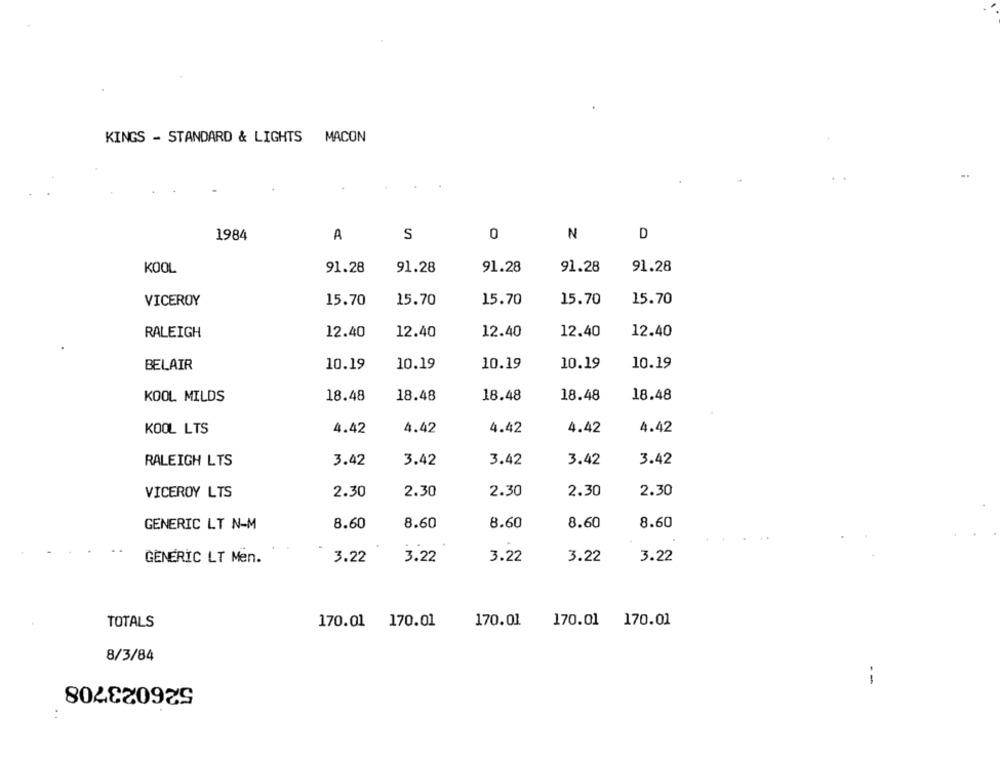
KINGS - STANDARD & LIGHTS MACON
..
1984
S
0
N
D
A
KOOL
91.28
91.28
91.28
91.28
91.28
VICEROY
15.70
15.70
15.70
15.70
15.70
RALEIGH
12.40
12.40
12.40
12.40
12.40
10.19
10.19
10.19
BELAIR
10.19
10.19
KOOL MILDS
18.48
18.48
18.48
18.48
18.48
KOOL LTS
4.42
4.42
4.42
4.42
4.42
RALEIGH LTS
3.42
3.42
3.42
3.42
3.42
VICEROY LTS
2.30
2.30
2.30
2.30
2.30
8.60
8.60
GENERIC LT N-M
8.60
8.60
8.60
GENERIC LT Men.
3.22
3.22
3.22
3.22
3.22
170.01 170.01
170.01
170.01 170.01
TOTALS
8/3/84
526023708
--
..